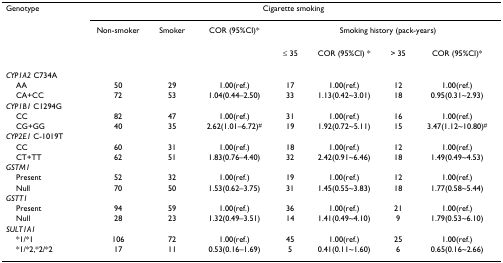
<table><thead><tr><td><b>Genotype</b></td><td colspan="7"><b>Cigarette smoking</b></td></tr><tr><td>[EMPTY_CELL]</td><td><b>Non-smoker</b></td><td><b>Smoker</b></td><td><b>COR (95%CI)*</b></td><td colspan="4"><b>Smoking history (pack-years)</b></td></tr><tr><td>[EMPTY_CELL]</td><td>[EMPTY_CELL]</td><td>[EMPTY_CELL]</td><td>[EMPTY_CELL]</td><td><b>≤ 35</b></td><td><b>COR (95%CI) *</b></td><td><b>&gt; 35</b></td><td><b>COR (95%CI)*</b></td></tr></thead><tbody><tr><td><i>CYP1A2 </i>C734A</td><td>[EMPTY_CELL]</td><td>[EMPTY_CELL]</td><td>[EMPTY_CELL]</td><td>[EMPTY_CELL]</td><td>[EMPTY_CELL]</td><td>[EMPTY_CELL]</td><td>[EMPTY_CELL]</td></tr><tr><td> AA</td><td>50</td><td>29</td><td>1.00(ref.)</td><td>17</td><td>1.00(ref.)</td><td>12</td><td>1.00(ref.)</td></tr><tr><td> CA+CC</td><td>72</td><td>53</td><td>1.04(0.44–2.50)</td><td>33</td><td>1.13(0.42~3.01)</td><td>18</td><td>0.95(0.31~2.93)</td></tr><tr><td><i>CYP1B1 </i>C1294G</td><td>[EMPTY_CELL]</td><td>[EMPTY_CELL]</td><td>[EMPTY_CELL]</td><td>[EMPTY_CELL]</td><td>[EMPTY_CELL]</td><td>[EMPTY_CELL]</td><td>[EMPTY_CELL]</td></tr><tr><td> CC</td><td>82</td><td>47</td><td>1.00(ref.)</td><td>31</td><td>1.00(ref.)</td><td>16</td><td>1.00(ref.)</td></tr><tr><td> CG+GG</td><td>40</td><td>35</td><td>2.62(1.01–6.72)<sup>#</sup></td><td>19</td><td>1.92(0.72~5.11)</td><td>15</td><td>3.47(1.12~10.80)<sup>#</sup></td></tr><tr><td><i>CYP2E1 </i>C-1019T</td><td>[EMPTY_CELL]</td><td>[EMPTY_CELL]</td><td>[EMPTY_CELL]</td><td>[EMPTY_CELL]</td><td>[EMPTY_CELL]</td><td>[EMPTY_CELL]</td><td>[EMPTY_CELL]</td></tr><tr><td> CC</td><td>60</td><td>31</td><td>1.00(ref.)</td><td>18</td><td>1.00(ref.)</td><td>12</td><td>1.00(ref.)</td></tr><tr><td> CT+TT</td><td>62</td><td>51</td><td>1.83(0.76–4.40)</td><td>32</td><td>2.42(0.91~6.46)</td><td>18</td><td>1.49(0.49~4.53)</td></tr><tr><td><i>GSTM1</i></td><td>[EMPTY_CELL]</td><td>[EMPTY_CELL]</td><td>[EMPTY_CELL]</td><td>[EMPTY_CELL]</td><td>[EMPTY_CELL]</td><td>[EMPTY_CELL]</td><td>[EMPTY_CELL]</td></tr><tr><td> Present</td><td>52</td><td>32</td><td>1.00(ref.)</td><td>19</td><td>1.00(ref.)</td><td>12</td><td>1.00(ref.)</td></tr><tr><td> Null</td><td>70</td><td>50</td><td>1.53(0.62–3.75)</td><td>31</td><td>1.45(0.55~3.83)</td><td>18</td><td>1.77(0.58~5.44)</td></tr><tr><td><i>GSTT1</i></td><td>[EMPTY_CELL]</td><td>[EMPTY_CELL]</td><td>[EMPTY_CELL]</td><td>[EMPTY_CELL]</td><td>[EMPTY_CELL]</td><td>[EMPTY_CELL]</td><td>[EMPTY_CELL]</td></tr><tr><td> Present</td><td>94</td><td>59</td><td>1.00(ref.)</td><td>36</td><td>1.00(ref.)</td><td>21</td><td>1.00(ref.)</td></tr><tr><td> Null</td><td>28</td><td>23</td><td>1.32(0.49–3.51)</td><td>14</td><td>1.41(0.49~4.10)</td><td>9</td><td>1.79(0.53~6.10)</td></tr><tr><td><i>SULT1A1</i></td><td>[EMPTY_CELL]</td><td>[EMPTY_CELL]</td><td>[EMPTY_CELL]</td><td>[EMPTY_CELL]</td><td>[EMPTY_CELL]</td><td>[EMPTY_CELL]</td><td>[EMPTY_CELL]</td></tr><tr><td> *1/*1</td><td>106</td><td>72</td><td>1.00(ref.)</td><td>45</td><td>1.00(ref.)</td><td>25</td><td>1.00(ref.)</td></tr><tr><td> *1/*2,*2/*2</td><td>17</td><td>11</td><td>0.53(0.16–1.69)</td><td>5</td><td>0.41(0.11~1.60)</td><td>6</td><td>0.65(0.16~2.66)</td></tr></tbody></table>